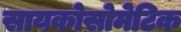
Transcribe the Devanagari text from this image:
सायकोसोमेटिक